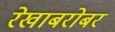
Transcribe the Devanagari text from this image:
रेखाबरोबर